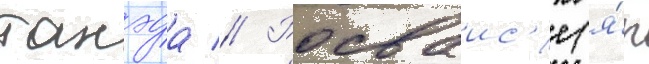
танэда // Росваис'е (я́п